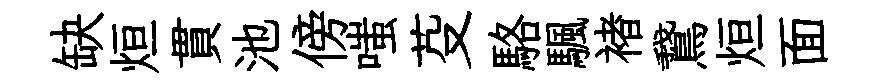
缺烜貫池傍嗤芟駱颿褚鵞烜面